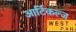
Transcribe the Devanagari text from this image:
आर्टिकल्ज